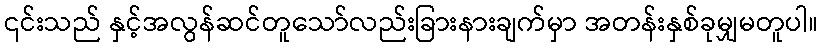
၎င်းသည် နှင့်အလွန်ဆင်တူသော်လည်းခြားနားချက်မှာ အတန်းနှစ်ခုမျှမတူပါ။